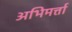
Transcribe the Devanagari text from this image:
अभिमर्त्ता